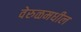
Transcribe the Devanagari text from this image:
वेरुळमधील